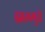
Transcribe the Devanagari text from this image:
झालमुरी